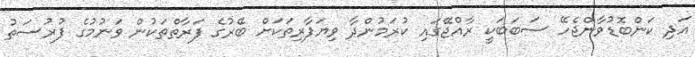
އަދި ކަންބޮޑުވާންޖެހޭ ސަބަބަކީ ރާއްޖޭގައި ކުރަމުންދާ ވިޔަފާރިތަކަށް ބޭރުގެ ފަރާތްތަކުން ވަނުމުގެ ފުރުސަތު